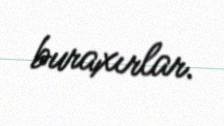
buraxırlar.